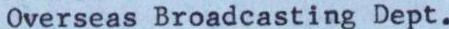
Overseas Broadcasting Dept.